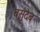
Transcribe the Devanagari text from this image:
बसुदेब